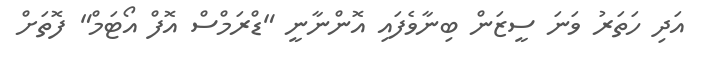
އަދި ހަތަރު ވަނަ ސީޒަން ބިނާވެފައި އޮންނާނީ "ޑްރަމްސް އޮފް އޯޓަމް" ފޮތަށް